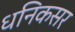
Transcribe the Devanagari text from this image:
धनिकसर